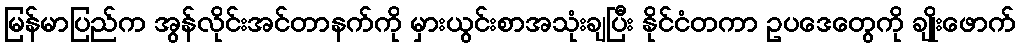
မြန်မာပြည်က အွန်လိုင်းအင်တာနက်ကို မှားယွင်းစာအသုံးချပြီး နိုင်ငံတကာ ဥပဒေတွေကို ချိုးဖောက်